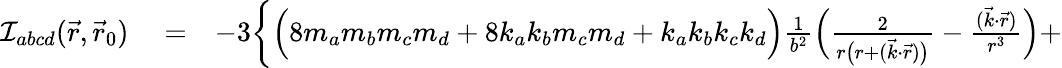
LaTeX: \begin{array}{rlr}{{\cal I}_{abcd}(\vec{r},\vec{r}_{0})}&{{}=}&{-3\bigg\{ \Big(8m_{a}m_{b}m_{c}m_{d}+8k_{a}k_{b}m_{c}m_{d}+k_{a}k_{b}k_{c}k_{d}\Big)\frac{1}{b^{2}}\Big(\frac{2}{r\big(r+({\vec{k}}\cdot{\vec{r}})\big)}-\frac{(\vec{k}\cdot\vec{r})}{r^{3}}\Big)+}\end{array}